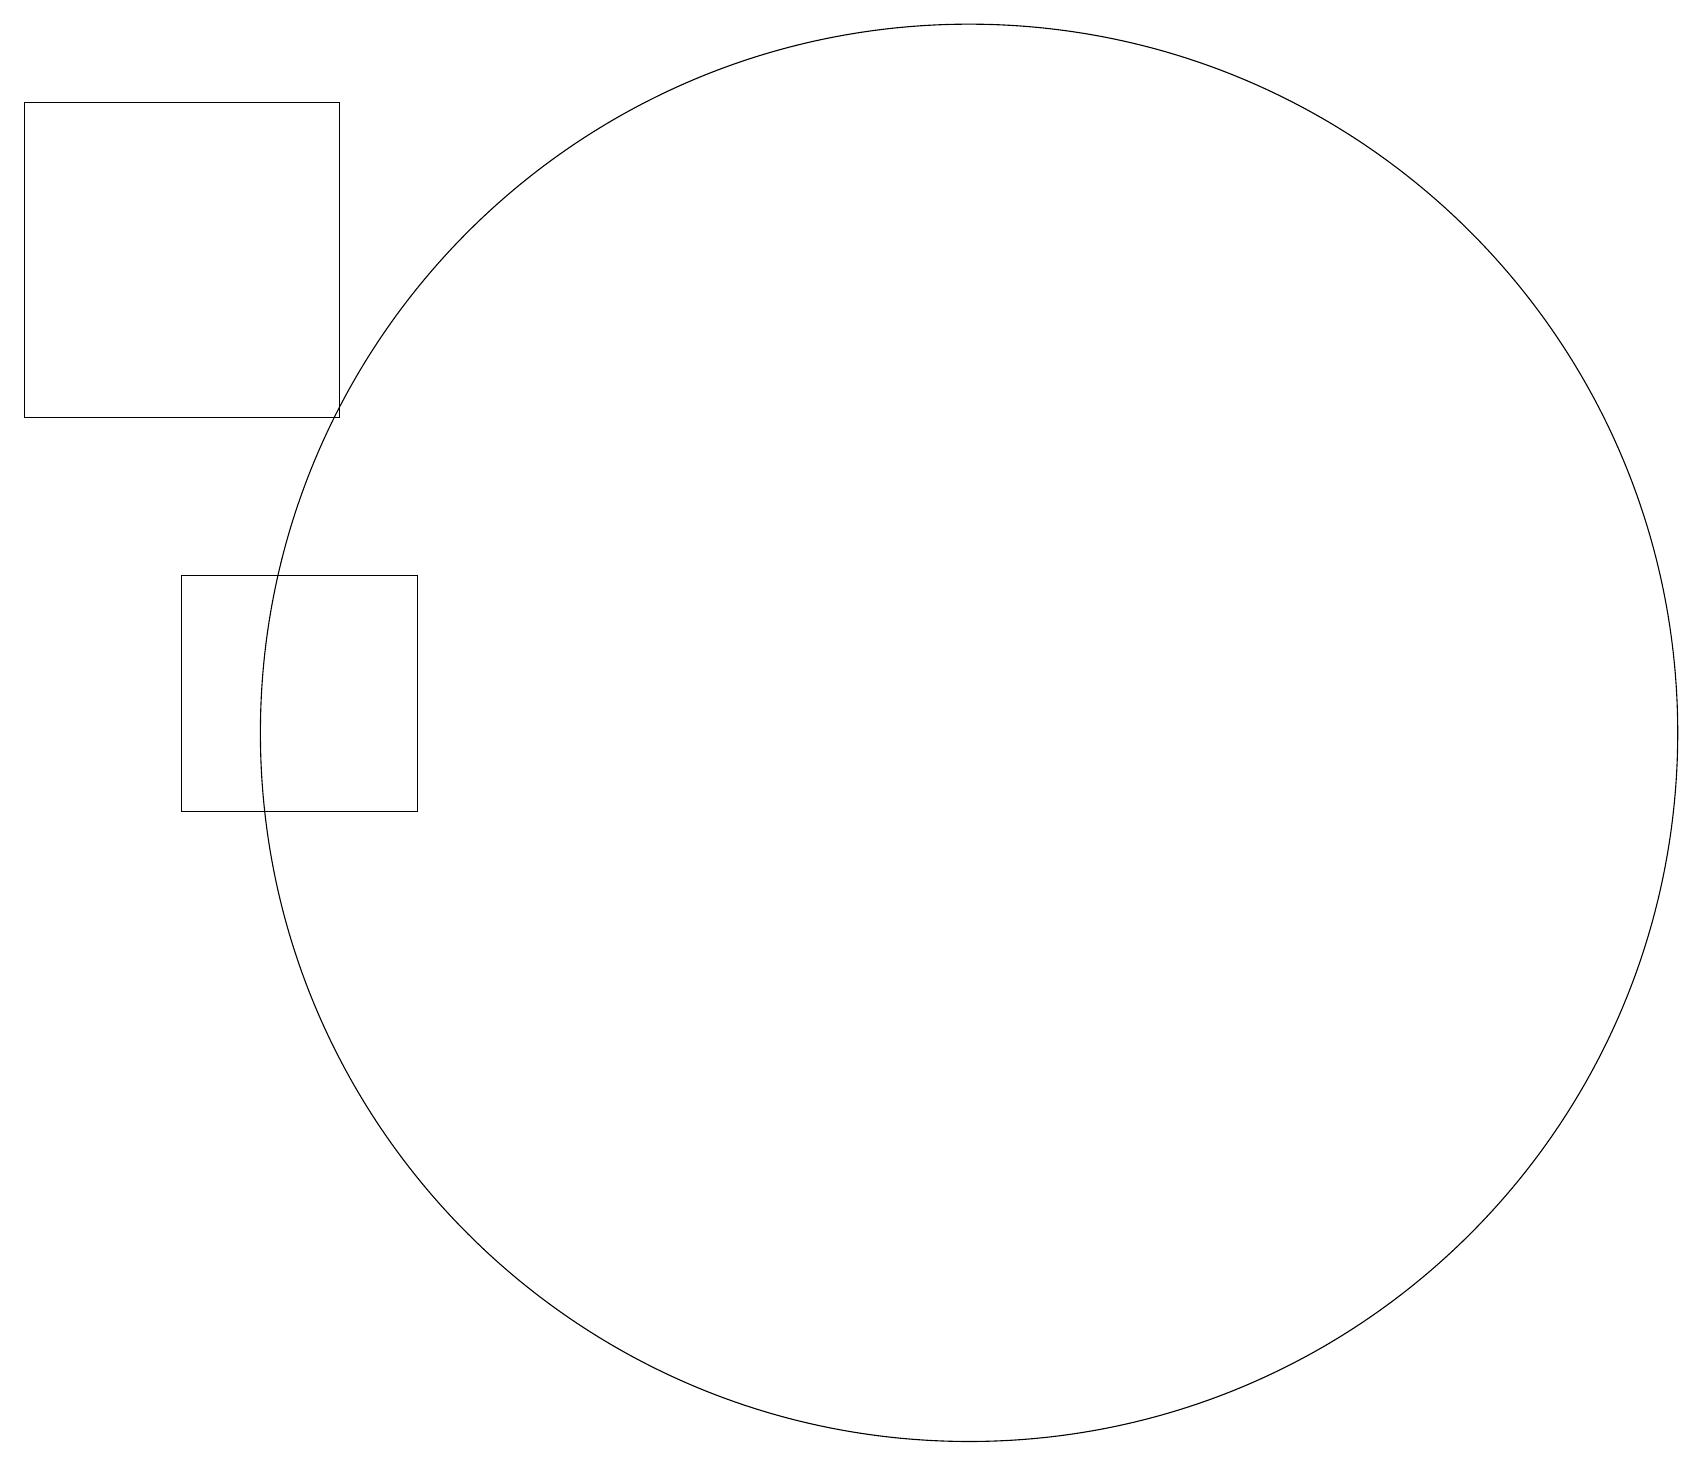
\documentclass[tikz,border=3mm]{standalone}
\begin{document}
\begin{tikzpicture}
\draw (12,11) circle (9);
\draw (4,15) rectangle (0,19);
\draw (2,13) rectangle (5,10);
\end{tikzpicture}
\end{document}